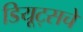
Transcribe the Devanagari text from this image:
डियूट्सचे